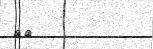
٨٠